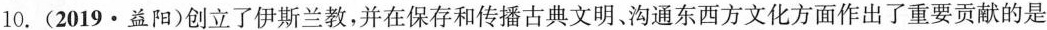
10. (2019 · 益阳)创立了伊斯兰教，并在保存和传播古典文明。沟通东西方文化方面作出了重要贡献的是